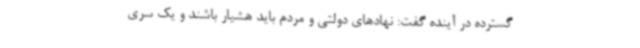
گسترده در آینده گفت: نهادهای دولتی و مردم باید هشیار باشند و یک سری